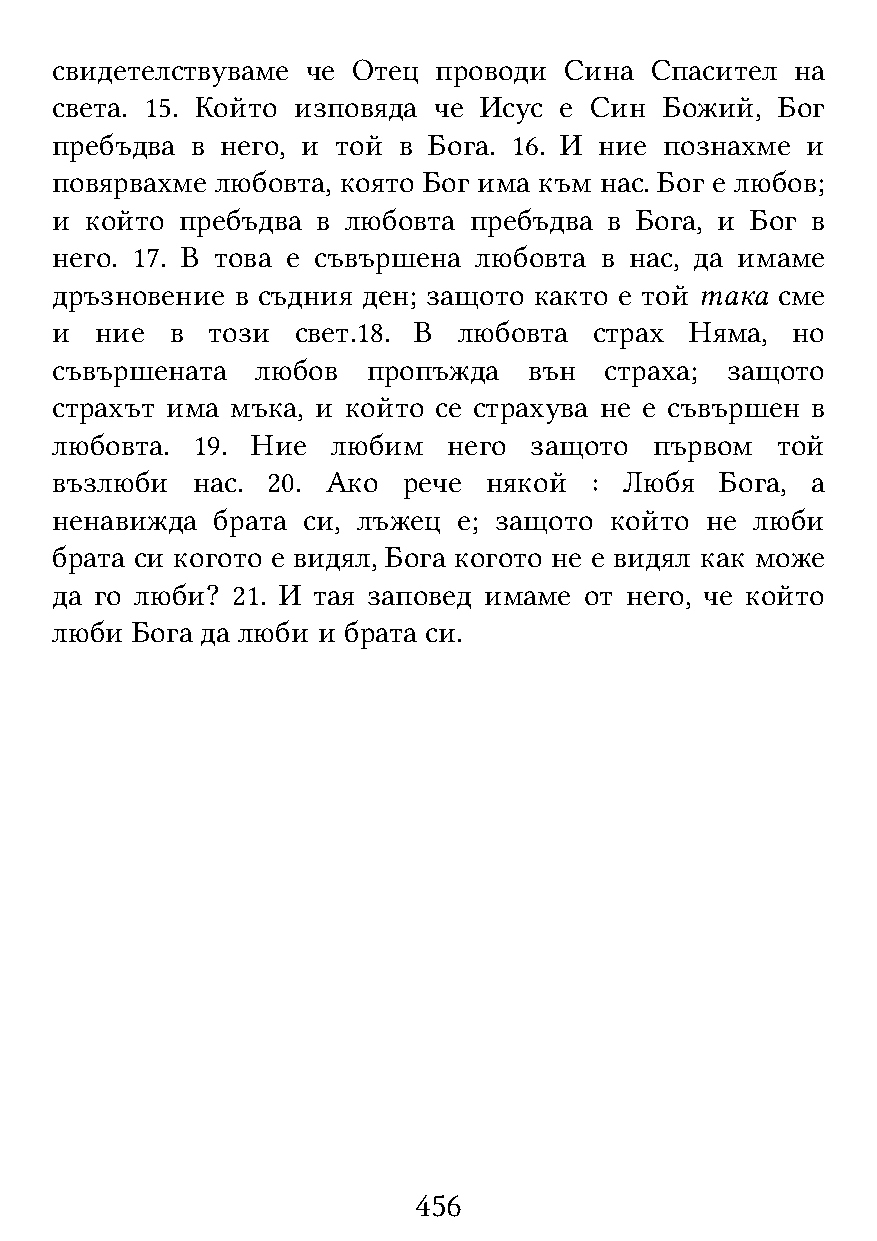
свидетелствуваме че Отец  проводи Сина  Спасител  на
 света. 15. Който изповяда че Исус е Син  Божий,  Бог
 пребъдва  в него, и той в Бога. 16. И ние познахме и
 повярвахме любовта, която Бог има към нас. Бог е любов;
 и  който пребъдва в любовта пребъдва в Бога, и Бог в
 него. 17. В това е съвършена любовта в нас, да имаме
 дръзновение  в съдния ден; защото както е той така сме
 и  ние  в  този  свет.18. В любовта страх  Няма, но
 съвършената   любов  пропъжда   вън  страха; защото
 страхът има мъка, и който се страхува не е съвършен в
 любовта.  19. Ние  любим   него защото  първом  той
 възлюби   нас. 20. Ако  рече някой  : Любя   Бога, а
 ненавижда  брата си, лъжец е; защото който  не люби
 брата си когото е видял, Бога когото не е видял как може
 да го люби? 21. И тая заповед имаме от него, че който
 люби  Бога да люби и брата си.
 456